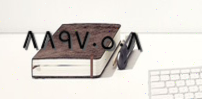
٨٨٩٧٠٥٠٨